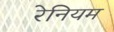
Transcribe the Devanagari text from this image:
रेनियम